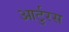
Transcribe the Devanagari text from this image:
आर्टुरस